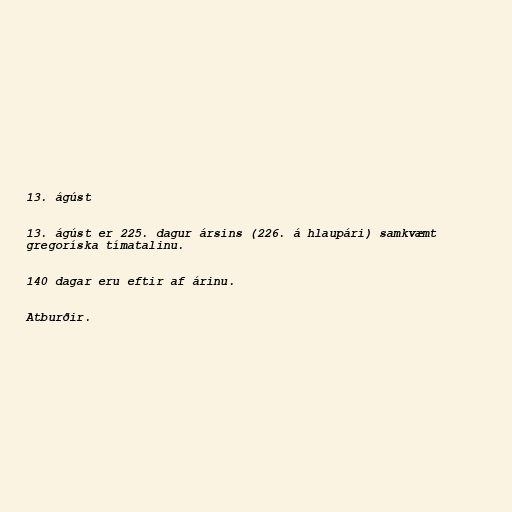
13. ágúst

13. ágúst er 225. dagur ársins (226. á hlaupári) samkvæmt
gregoríska tímatalinu.

140 dagar eru eftir af árinu.

Atburðir.